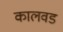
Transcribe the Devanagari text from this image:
कालवड